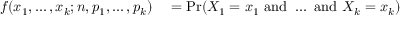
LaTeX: \begin{array} { r l } { f ( x _ { 1 } , \ldots , x _ { k } ; n , p _ { 1 } , \ldots , p _ { k } ) } & { { } { } = \operatorname* { P r } ( X _ { 1 } = x _ { 1 } { \mathrm { ~ a n d ~ } } \dots { \mathrm { ~ a n d ~ } } X _ { k } = x _ { k } ) } \end{array}